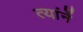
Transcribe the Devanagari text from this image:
त्यांनें